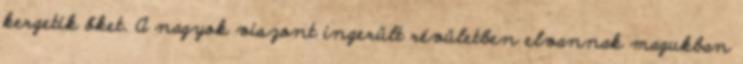
kergetik őket. A nagyok viszont ingerült révületben elvannak magukban